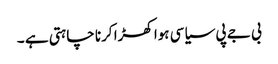
بی جے پی سیاسی ہوا کھڑا کرنا چاہتی ہے ۔